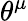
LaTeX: \theta^{\mu}